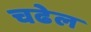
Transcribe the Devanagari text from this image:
चढेल